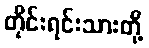
တိုင်းရင်းသားတို့